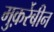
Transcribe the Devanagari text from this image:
मुक़र्रेबीन